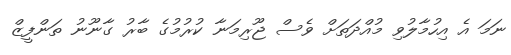
ނަމަ އެ އިހުމާލުވި މުއްދަތަށް ވެސް ޖޫރިމަނާ ކުރުމުގެ ބާރު ގާނޫނު ތަންފީޒް